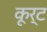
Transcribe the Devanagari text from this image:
कूर्ट